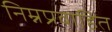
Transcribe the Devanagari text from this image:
निम्नप्रवाहित